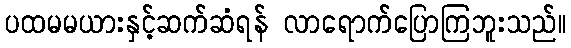
ပထမမယားနှင့်ဆက်ဆံရန် လာရောက်ပြောကြဘူးသည်။